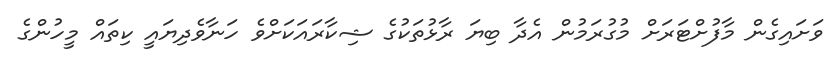
ވަށައިގެން މާފުށްޓަރަށް މުގުރަމުން އެދާ ބިޔަ ރާޅުތަކުގެ ޝިކާރައަކަށްވެ ހަނާވެދިޔައީ ކިތައް މީހުންގެ